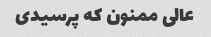
عالی ممنون که پرسیدی